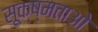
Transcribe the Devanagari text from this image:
सूक्ष्मताओ